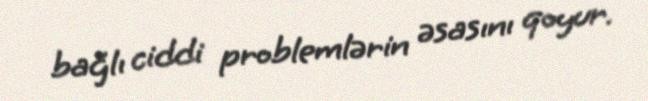
bağlı ciddi problemlərin əsasını qoyur.